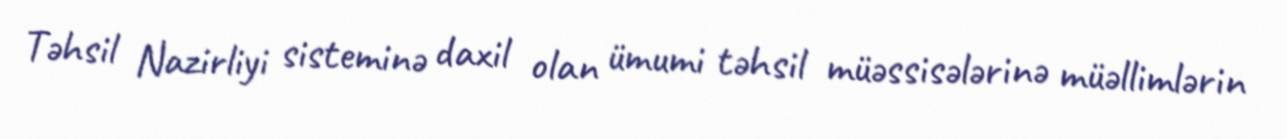
Təhsil Nazirliyi sisteminə daxil olan ümumi təhsil müəssisələrinə müəllimlərin